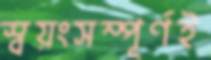
স্বয়ংসম্পূর্ণই